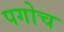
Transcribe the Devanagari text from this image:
पगोच